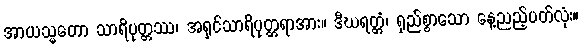
အာယသ္မတော သာရိပုတ္တဿ၊ အရှင်သာရိပုတ္တရာအား။ ဒီဃရတ္တံ၊ ရှည်စွာသော နေ့ညည့်ပတ်လုံး။